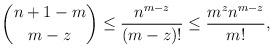
LaTeX: \begin{align*}\binom{n+1-m}{m-z}\leq \frac{n^{m-z}}{(m-z)!}\leq \frac{m^zn^{m-z}}{m!},\end{align*}